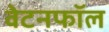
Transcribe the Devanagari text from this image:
वेटनफॉल